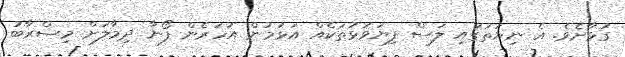
ގުޅާށެވެ. އެ ނިޔަތުގައި ލަސް ފިޔަވަޅުތަކެއް އަޅަމުން އަހަރެން ފޯނާ ދިމާލަށް މިސްރާބު